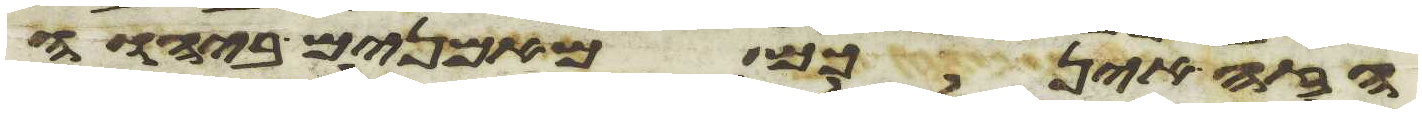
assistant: הזה אינכם מאמנים ביהוה